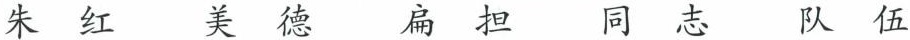
朱红 美德 扁担 同志 队伍